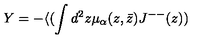
Y = - \langle ( \int d ^ { 2 } z \mu _ { \alpha } ( z , \bar { z } ) J ^ { -- } ( z ) )